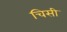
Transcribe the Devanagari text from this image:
चिसी